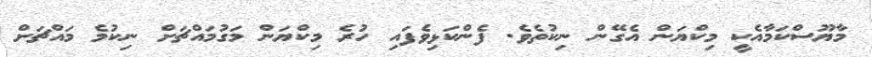
މާޔޫސްކަމާއެކީ މިކްޔަން އެގޭން ނިކުތެވެ. ފެންކަޅިވެފައި ހުރެ މިކްޔަން މަގުމައްޗަށް ނިކުމެ މައްޗަށް